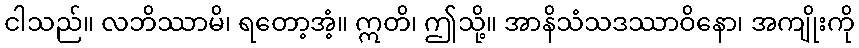
ငါသည်။ လဘိဿာမိ၊ ရတော့အံ့။ ဣတိ၊ ဤသို့။ အာနိသံသဒဿာဝိနော၊ အကျိုးကို